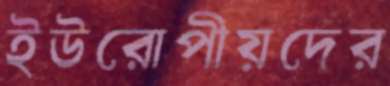
ইউরোপীয়দের